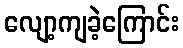
လျော့ကျခဲ့ကြောင်း